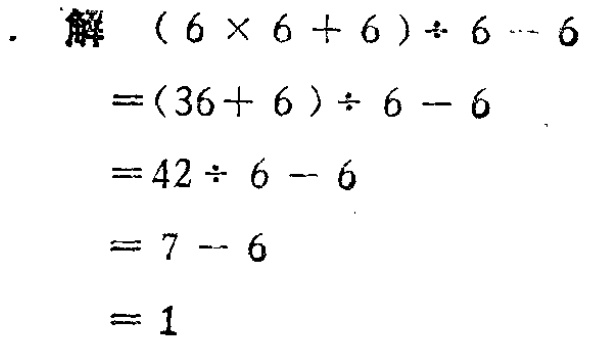
解 \((6\times 6 + 6)\div 6 - 6\)

\(=(36 + 6)\div 6 - 6\)

\(=42\div 6 - 6\)

\(= 7 - 6\)

\(= 1\)